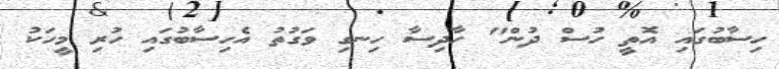
ހިސާބުގައި އޮތީ ހުސް ދުން" ހާދިސާ ހިނގި ވަގުތު އެހިސާބުގައި ހުރި މީހަކު